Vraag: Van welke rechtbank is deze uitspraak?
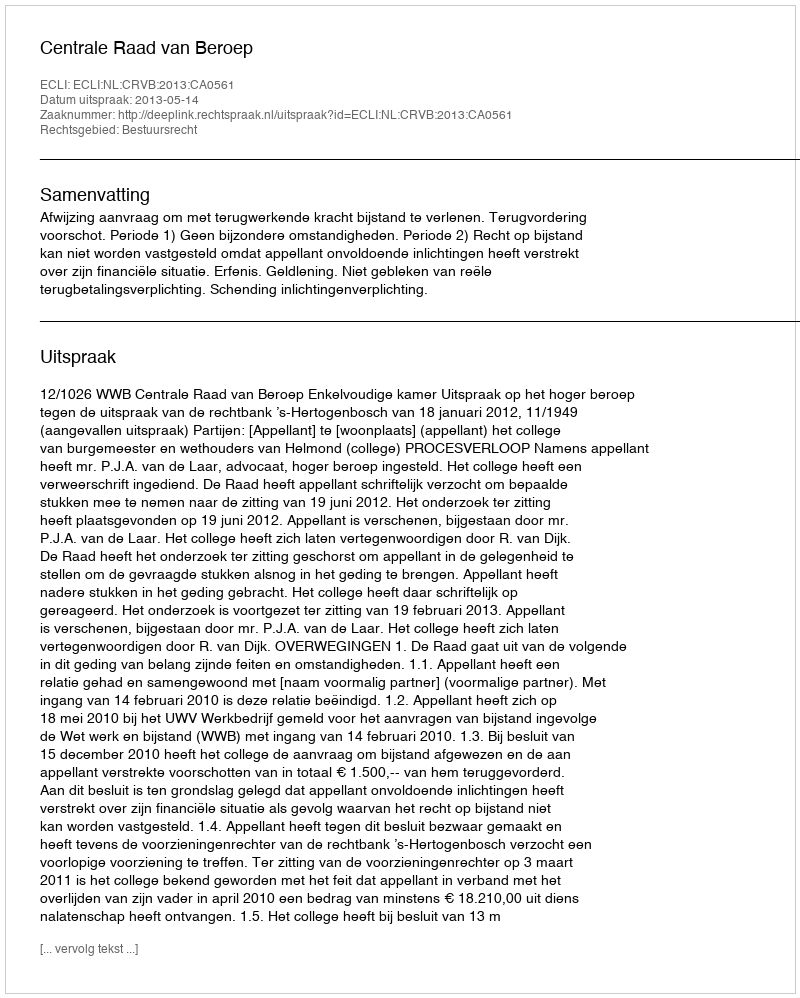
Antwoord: Centrale Raad van Beroep